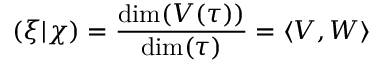
( \xi | \chi ) = { \frac { \dim ( V ( \tau ) ) } { \dim ( \tau ) } } = \langle V , W \rangle